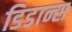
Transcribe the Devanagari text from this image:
डिडान्स